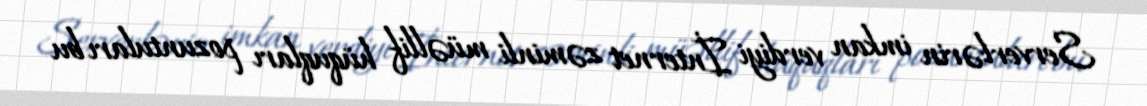
Serverlərin imkan verdiyi İnternet zəminli müəllif hüquqları pozuntuları bu